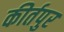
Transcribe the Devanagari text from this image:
कीर्तपुर